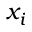
x _ { i }